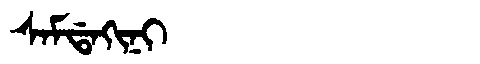
Manchu: ᠰᠠᠮᡩᠠᡴᡳᠨᡳ
Romanization: SAMDAKINI